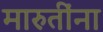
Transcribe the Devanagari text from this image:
मारुतींना